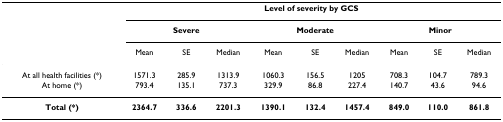
<table><thead><tr><td></td><td colspan="9"><b>Level of severity by GCS</b></td></tr><tr><td></td><td colspan="3"><b>Severe</b></td><td colspan="3"><b>Moderate</b></td><td colspan="3"><b>Minor</b></td></tr><tr><td></td><td><b>Mean</b></td><td><b>SE</b></td><td><b>Median</b></td><td><b>Mean</b></td><td><b>SE</b></td><td><b>Median</b></td><td><b>Mean</b></td><td><b>SE</b></td><td><b>Median</b></td></tr></thead><tbody><tr><td>At all health facilities (*)</td><td>1571.3</td><td>285.9</td><td>1313.9</td><td>1060.3</td><td>156.5</td><td>1205</td><td>708.3</td><td>104.7</td><td>789.3</td></tr><tr><td>At home (*)</td><td>793.4</td><td>135.1</td><td>737.3</td><td>329.9</td><td>86.8</td><td>227.4</td><td>140.7</td><td>43.6</td><td>94.6</td></tr><tr><td><b>Total (*)</b></td><td><b>2364.7</b></td><td><b>336.6</b></td><td><b>2201.3</b></td><td><b>1390.1</b></td><td><b>132.4</b></td><td><b>1457.4</b></td><td><b>849.0</b></td><td><b>110.0</b></td><td><b>861.8</b></td></tr></tbody></table>